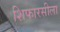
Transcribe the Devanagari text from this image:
शिफारसीला